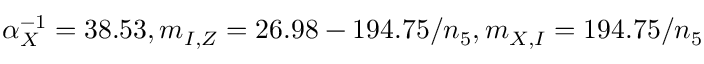
\alpha _ { X } ^ { - 1 } = 3 8 . 5 3 , m _ { I , Z } = 2 6 . 9 8 - 1 9 4 . 7 5 / n _ { 5 } , m _ { X , I } = 1 9 4 . 7 5 / n _ { 5 }